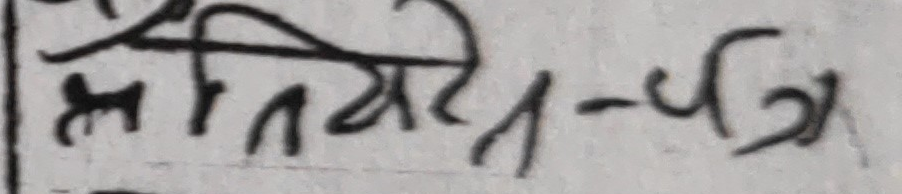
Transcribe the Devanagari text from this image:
क्षेत्रीय-पत्र